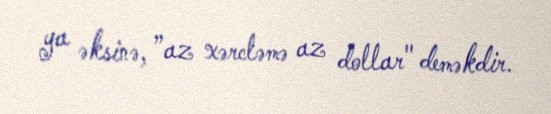
ya əksinə, ”az xərcləmə az dollar" deməkdir.